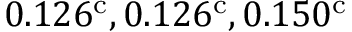
0 . 1 2 6 ^ { \mathrm { c } } , 0 . 1 2 6 ^ { \mathrm { c } } , 0 . 1 5 0 ^ { \mathrm { c } }